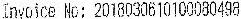
INVOICE NO: 2018030610100080498